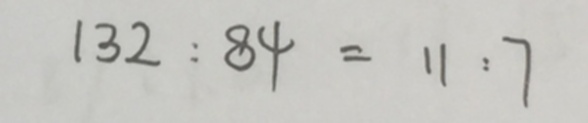
1 3 2 : 8 4 = 1 1 : 7